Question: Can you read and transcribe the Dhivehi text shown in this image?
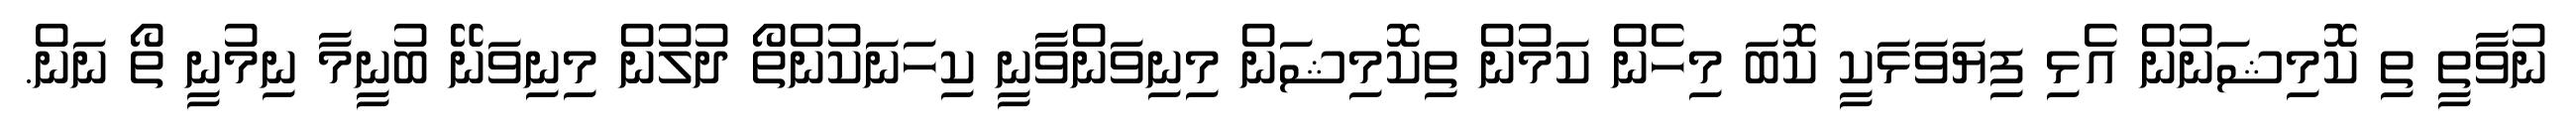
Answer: ނުވާތީ ތި ކޮމިޝަނުން އެޅި ފިޔަވަޅަކީ ކޮބަ މިހެން ކަމުން ތިކޮމިޝަން މިނިވަންވާނީ ކިހަނަކުންތޯ ދުލުން މިނިވަނޭ ބުނީމާ ނިމުނީ ތޯ ނަން.